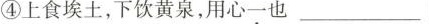
④上食埃土，下饮黄泉，用心一也 ___